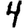
Digit: 4